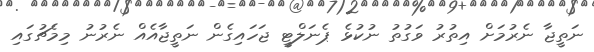
ނަތީޖާ ނެރުމަށް އިތުރު ވަގުތު ނުކުޅެ ޕެނަލްޓީ ޖަހައިގެން ނަތީޖާއެއް ނެރުނު މިމެޗުގައި